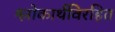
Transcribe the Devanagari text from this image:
श्लोकार्थविरहित